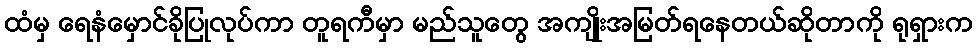
ထံမှ ရေနံမှောင်ခိုပြုလုပ်ကာ တူရကီမှာ မည်သူတွေ အကျိုးအမြတ်ရနေတယ်ဆိုတာကို ရုရှားက